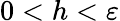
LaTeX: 0<h<\varepsilon